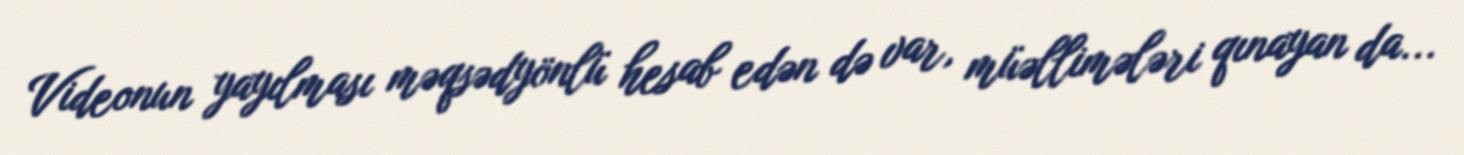
Videonun yayılması məqsədyönlü hesab edən də var, müəllimələri qınayan da...